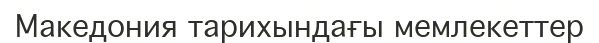
Македония тарихындағы мемлекеттер